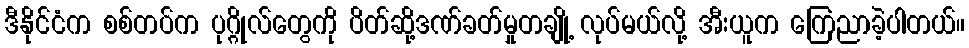
ဒီနိုင်ငံက စစ်တပ်က ပုဂ္ဂိုလ်တွေကို ပိတ်ဆို့ဒဏ်ခတ်မှုတချို့ လုပ်မယ်လို့ အီးယူက ကြေညာခဲ့ပါတယ်။